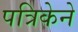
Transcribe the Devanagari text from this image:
पत्रिकेने